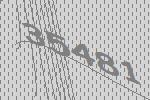
35481